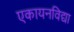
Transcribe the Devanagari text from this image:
एकायनविद्या